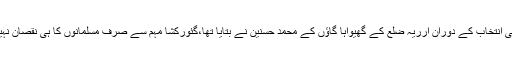
گزشتہ سال ارریہ لوک سبھا ضمنی انتخاب کے دوران ارریہ ضلع کے گھیواہا گاؤں کے محمد حسنین نے بتایا تھا،گئورکشا مہم سے صرف مسلمانوں کا ہی نقصان نہیں ہوا ہے، ہندوؤں کا بھی ہوا ہے۔